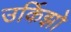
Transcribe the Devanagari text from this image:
उर्किझो